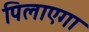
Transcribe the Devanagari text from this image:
पिलाएगा